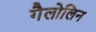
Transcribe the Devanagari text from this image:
गैलोलिन